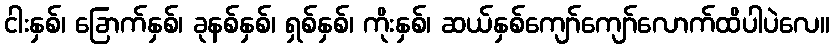
ငါးနှစ်၊ ခြောက်နှစ်၊ ခုနစ်နှစ်၊ ရှစ်နှစ်၊ ကိုးနှစ်၊ ဆယ်နှစ်ကျော်ကျော်လောက်ထိပါပဲလေ။